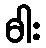
ဓါး